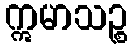
ဣမာသဉ္စ